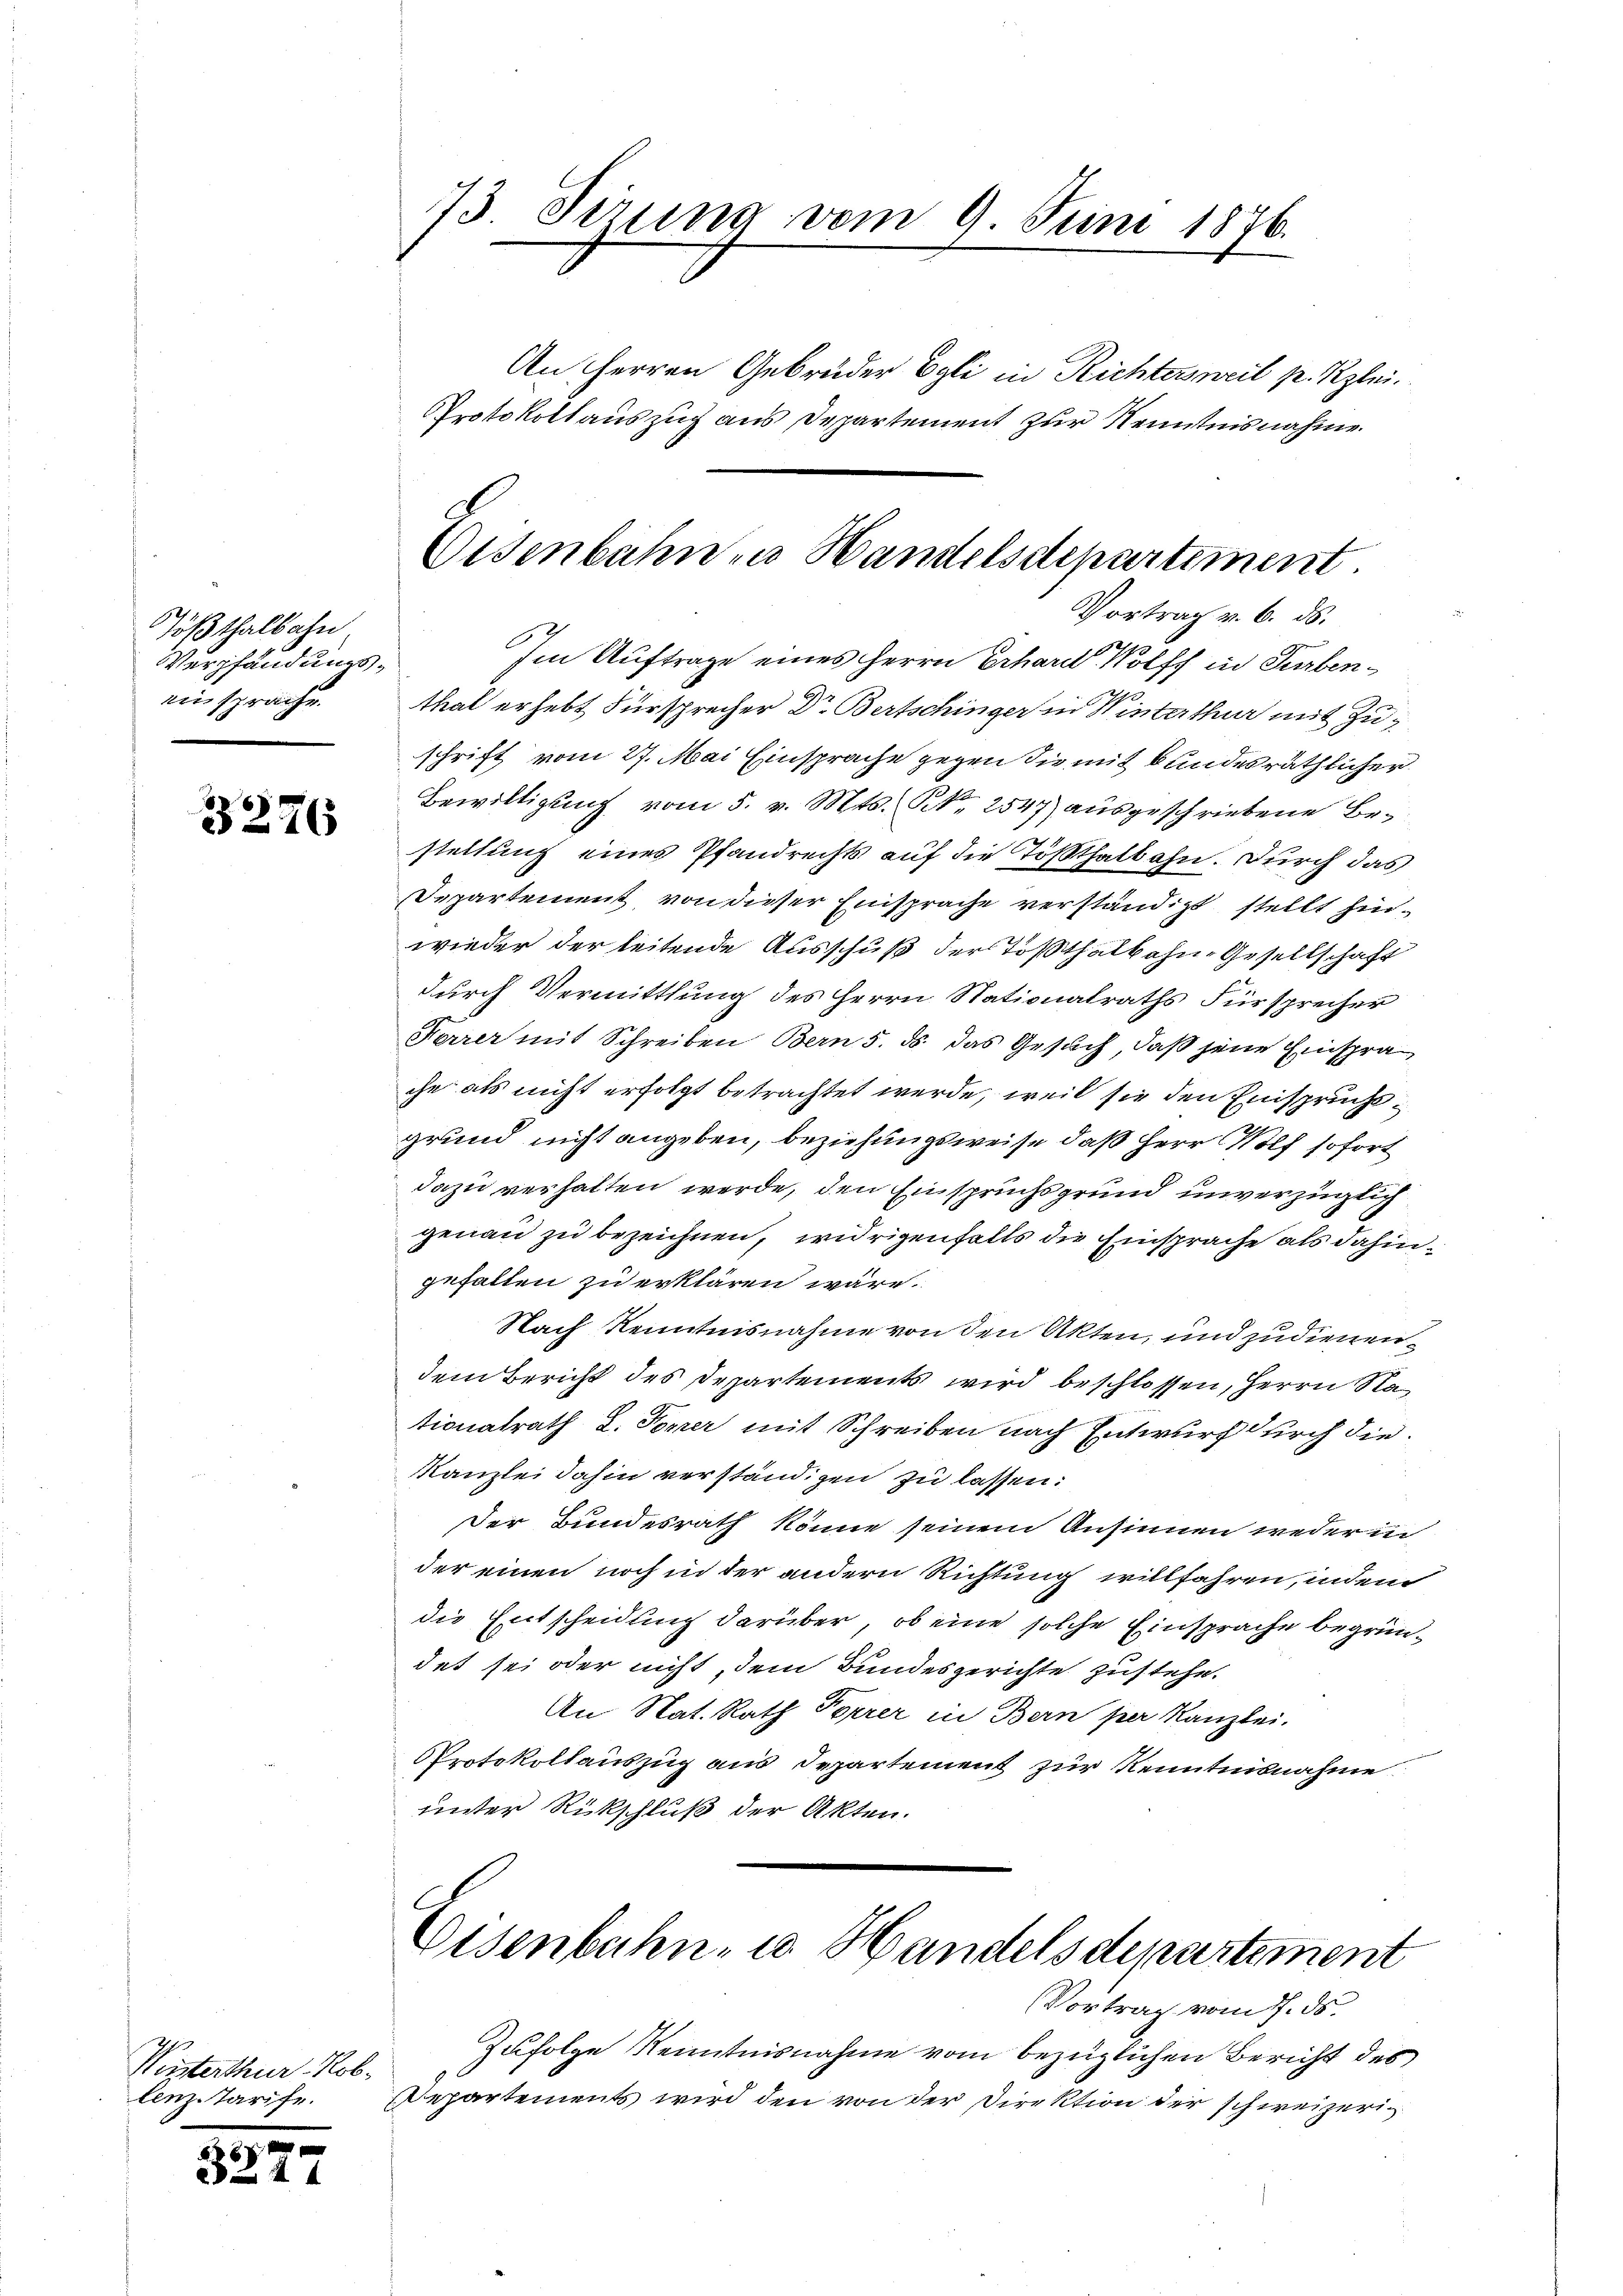
Tößthalbahn
Verpfändungsein sprache.

3276

Winterthur, Rob.
lenz-Tarife.

0
4

b

73 Sirung vom 9. Juni 1876.

Eisenbahn in Handelsdepartement.
Vortrag v. 6. ds.

Im Auftrage eines Herrn Erhard Wolff in Turbenthal erhebt Fürsprecher Dr Bertschinger in Winterthur mit Zuschrift vom 27. Mai Einsprache gegen die mit bundesräthlicher
Bewilligung vom 5. v. Mts. § 2547) ausgeschriebene Be-
stellung eines Pfandrechts auf die Tößthalbahn. Durch das
Departement, von dieser Einsprache verständigt stellt hinwieder der leitende Ausschuß der Tößthalbahn Gesellschaft
durch Vermittlung des Herrn Stationalraths Fürsprecher
Korrer mit Schreiben Bern 5. ds. das Gesuch, daß jene Einsprache als nicht erfolgt betrachtet werde, weil sie den Einspruchsgrund nicht angeben, beziehungsweise, daß Herr Wolf sofort
dazu verhalten werde, den Einspruchsgrund unverzüglich
genau zu bezeichnen, widrigenfalls die Einsprache als dahingefallen zu erklären wäre.
Nach Kenntnisnahme von den Akten, und zudienendem Bericht des Departements wird beschlossen, Herrn Nationalrath L. Forrer mit Schreiben nach Entwurf durch die¬
Kanzlei dahin verständigen zu lassen:
Der Bundesrath könne seinem Ansinnen weder in
der einen noch in der andern Richtung willfahren, indem
die Entscheidung darüber, ob eine solche Einsprache begründet sei oder nicht, dem Bundesgerichte zustehe.
An Nat. Rath Forrer in Bern per Kanzlei.
Protokollauszug aus Departement zur Kenntnisnahme
unter Rückschluß der Akten.

Eisenbahn- u. Handelsdepartement

An Herren Gebrüder Egli in Richtersweil pr. Klei¬
Protokollauszug aus Departement zur Kenntnisnahme.

Vortrag vom 17. ds.
Zufolge Kenntnisnahme vom bezüglichen Bericht des
Departements wird den von der Direktion der schweizeri